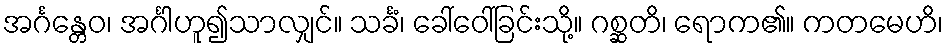
အင်္ဂန္တေဝ၊ အင်္ဂါဟူ၍သာလျှင်။ သင်္ခံ၊ ခေါ်ဝေါ်ခြင်းသို့။ ဂစ္ဆတိ၊ ရောက၏။ ကတမေဟိ၊